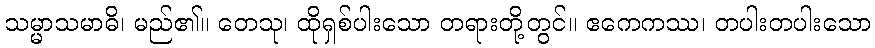
သမ္မာသမာဓိ၊ မည်၏။ တေသု၊ ထိုရှစ်ပါးသော တရားတို့တွင်။ ဧကေကဿ၊ တပါးတပါးသော